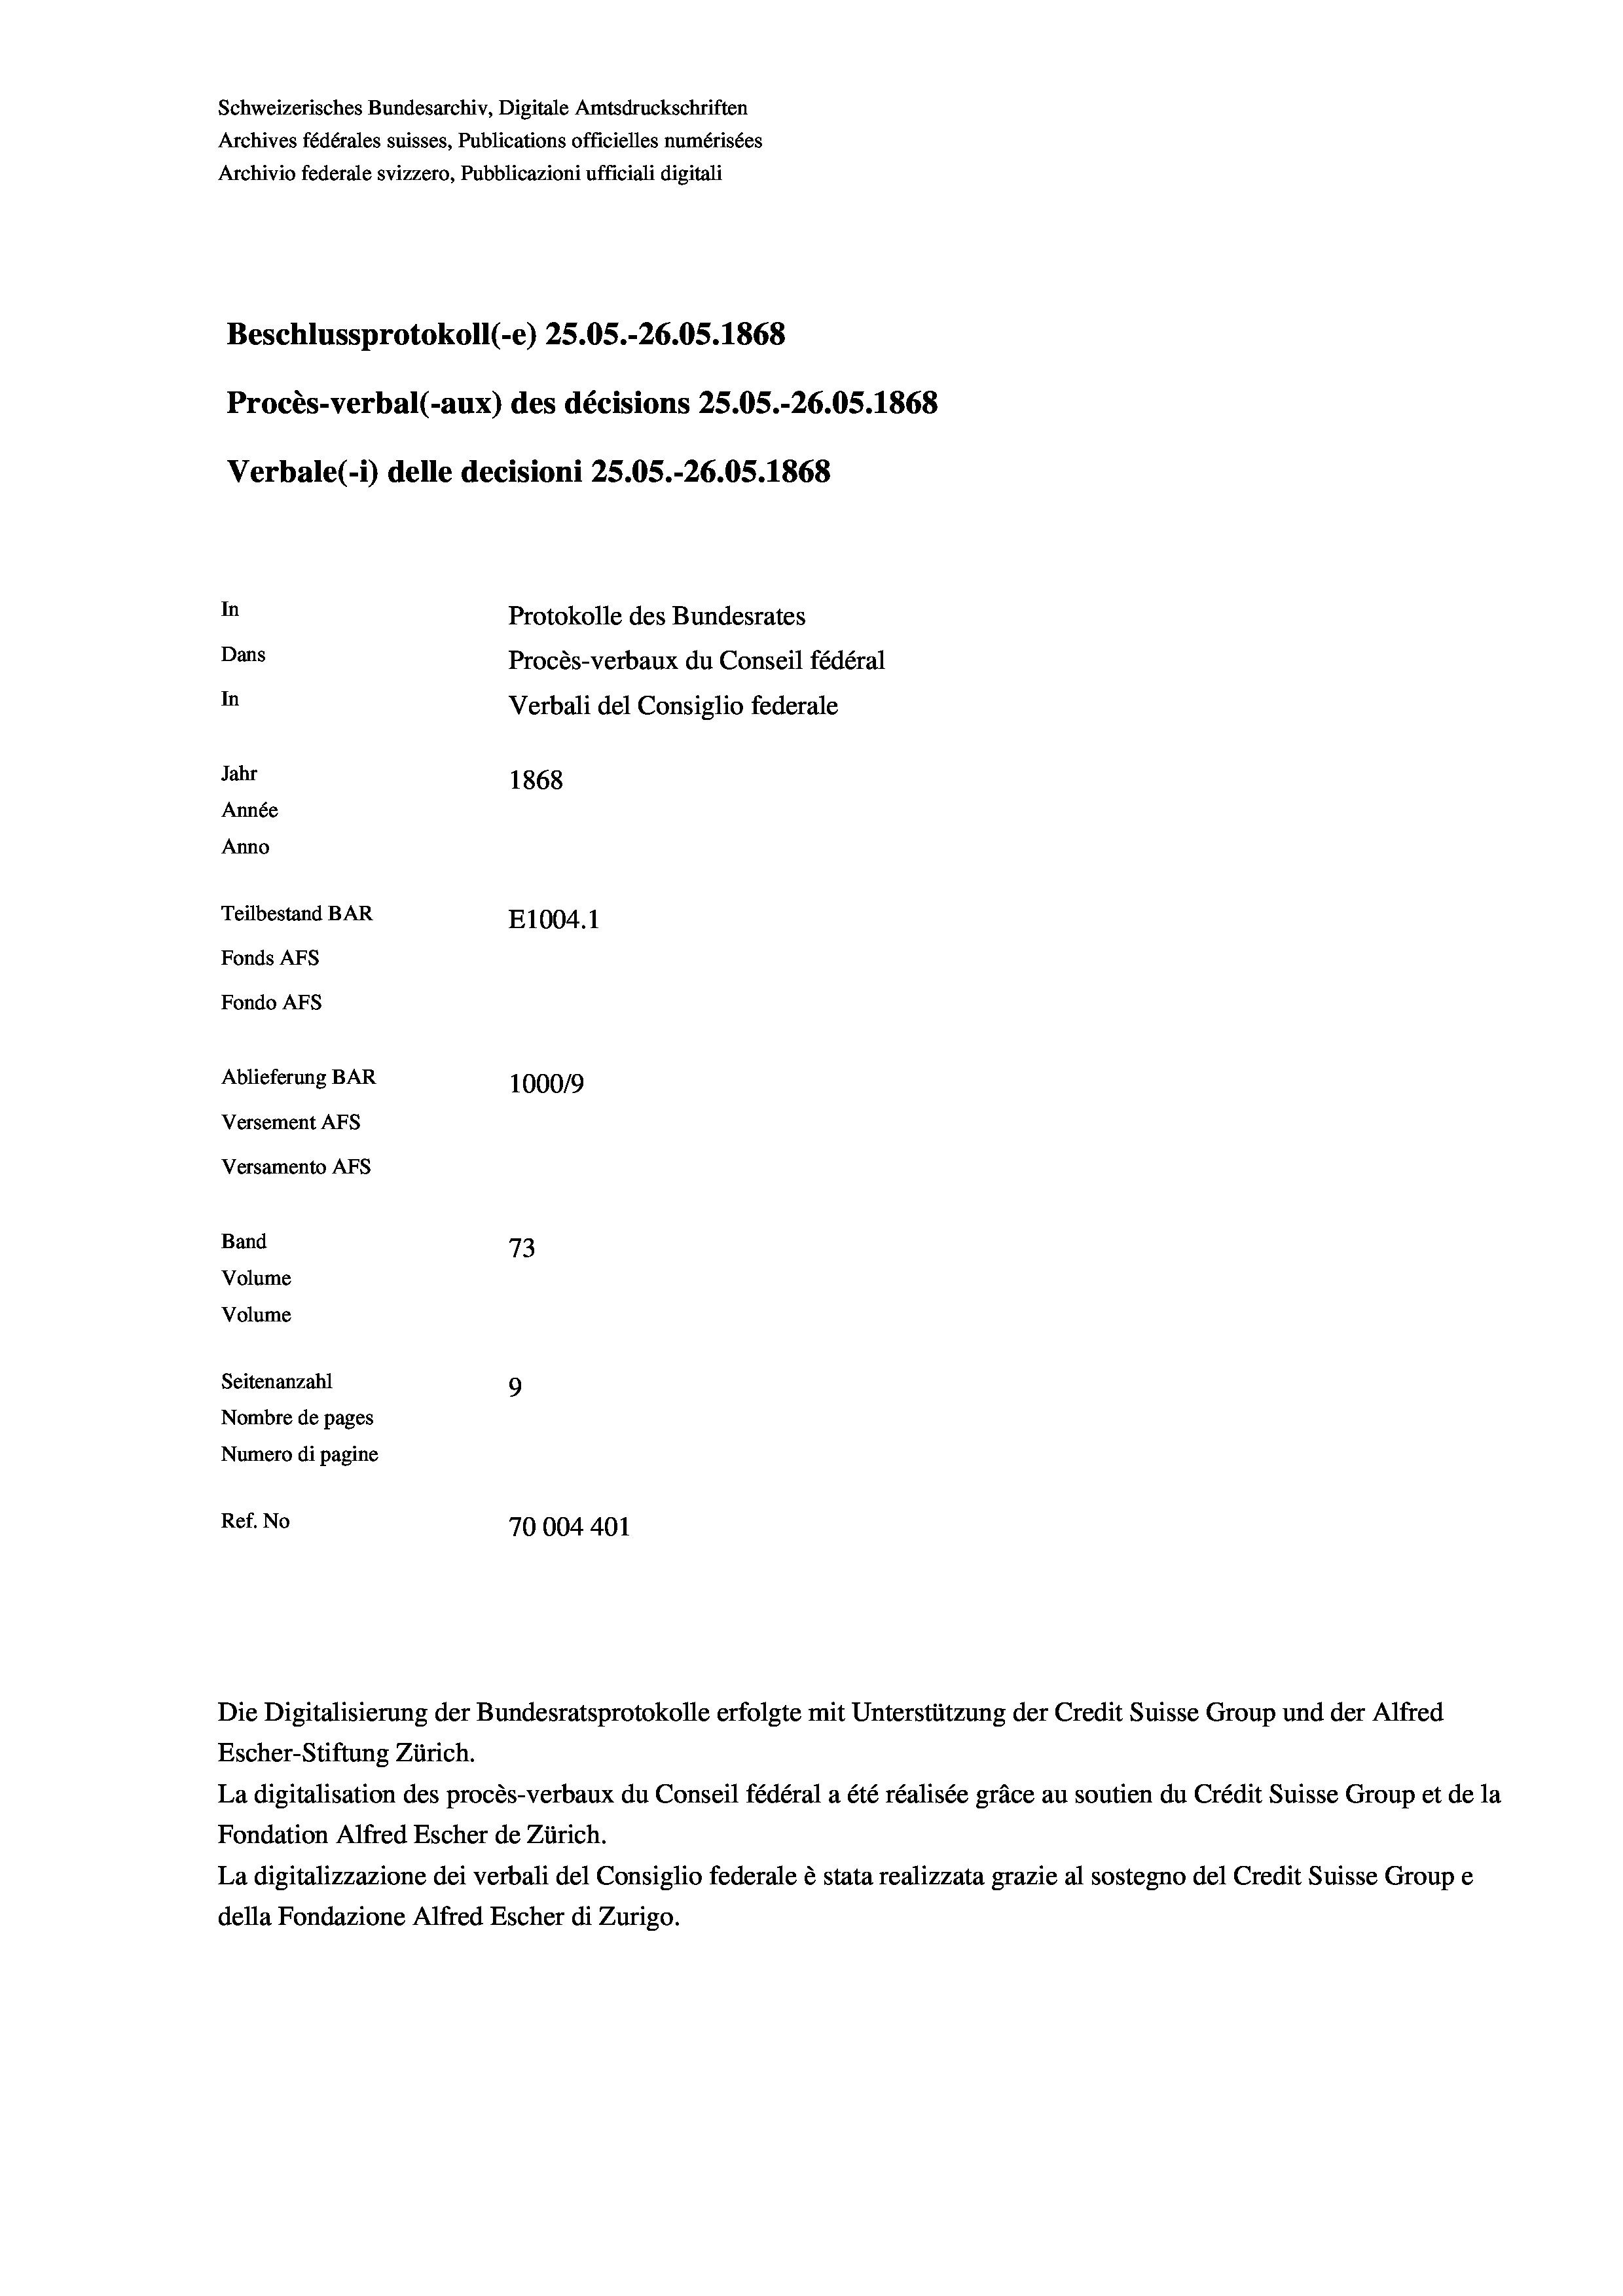
Schweizerisches Bundesarchiv, Digitale Amtsdruckschriften
Archives fédérales suisses, Publications officielles numérisées
Archivio federale svizzero, Pubblicazioni ufficiali digitali
Beschlussprotokoll (-e) 25.05.-26.05. 1868
Procès-verbal (-aux) des décisions 25.05.-26.05. 1868
Verbale (- 1) delle decisioni 25.05.-26.05. 1868
In
Protokolle des Bundesrates
Dans
Procès-verbaux du Conseil fédéral
In
Verbali del Consiglio federale
Jahr
1868
Année
Anno
Teilbestand BAR
E1004.1
Fonds AFs
Fondo AFS
Ablieferung BAR
100019
Versement AFs
Versamento Afs
Band
73
Volume
Volume
Seitenanzahl
9
Nombre de pages
Numero di pagine
Ref. No
70004401

Escher-Stiftung Zürich.
La digitalisation des procès-verbaux du Conseil fédéral a été réalisée gräce au soutien du Crédit Suisse Group et de la
Fondation Alfred Escher de Zürich.
La digitalizzazione dei verbali del Consiglio federale è stata realizzata grazie al sostegno del Credit Suisse Groupe
della Fondazione Alfred Escher di Zurigo.

Die Digitalisierung der Bundesratsprotokolle erfolgte mit Unterstützung der Credit Suisse Group und der Alfred